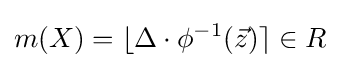
m(X)=\lfloor \Delta \cdot \phi ^{-1}({\vec {z}})\rceil \in R